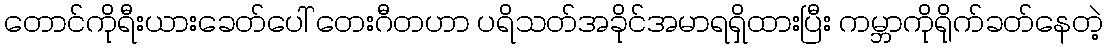
တောင်ကိုရီးယားခေတ်ပေါ် တေးဂီတဟာ ပရိသတ်အခိုင်အမာရရှိထားပြီး ကမ္ဘာကိုရိုက်ခတ်နေတဲ့